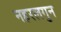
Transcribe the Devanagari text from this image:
नहरलगुन